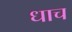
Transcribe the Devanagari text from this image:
धाच